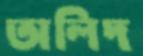
অলিদ